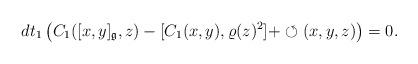
LaTeX: \begin{align*} dt_1\left(C_1([x,y]_\mathfrak g,z)-[C_1(x,y),\varrho(z)^2] +\circlearrowleft(x,y,z)\right)=0.\end{align*}